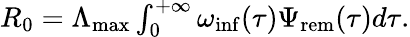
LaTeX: \begin{array}{r}{R_{0}=\Lambda_{\mathrm{max}}\int_{0}^{+\infty}{\omega_{\mathrm{inf}}(\tau)\Psi_{\mathrm{rem}}(\tau)d\tau}.}\end{array}